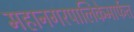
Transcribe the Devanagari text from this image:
महानगरपालिकेमार्फत